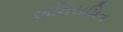
અનિયમિત